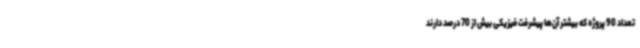
تعداد 90 پروژه که بیشتر آن‌ها پیشرفت فیزیکی بیش از 70 درصد دارند